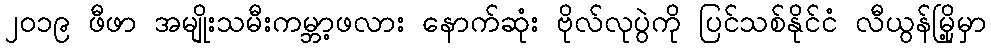
၂၀၁၉ ဖီဖာ အမျိုးသမီးကမ္ဘာ့ဖလား နောက်ဆုံး ဗိုလ်လုပွဲကို ပြင်သစ်နိုင်ငံ လီယွန်မြို့မှာ